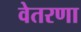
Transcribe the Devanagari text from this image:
वेतरणा